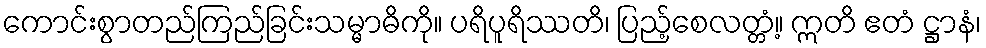
ကောင်းစွာတည်ကြည်ခြင်းသမ္မာဓိကို။ ပရိပူရိဿတိ၊ ပြည့်စေလတ္တံ့။ ဣတိ ဧတံ ဋ္ဌာနံ၊